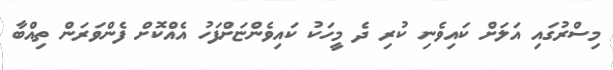
މިސްރުގައި އަލަށް ކައިވެނި ކުރި ދެ މީހަކު ކައިވެންޏަށްފަހު އެއްކޮށް ފެންވަރަން ތިއްބާ